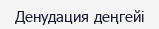
Денудация деңгейі